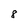
Character: 8